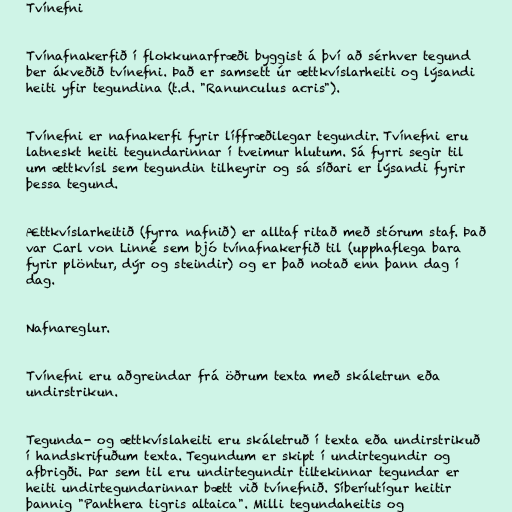
Tvínefni

Tvínafnakerfið í flokkunarfræði byggist á því að sérhver tegund
ber ákveðið tvínefni. Það er samsett úr ættkvíslarheiti og lýsandi
heiti yfir tegundina (t.d. "Ranunculus acris").

Tvínefni er nafnakerfi fyrir líffræðilegar tegundir. Tvínefni eru
latneskt heiti tegundarinnar í tveimur hlutum. Sá fyrri segir til
um ættkvísl sem tegundin tilheyrir og sá síðari er lýsandi fyrir
þessa tegund.

Ættkvíslarheitið (fyrra nafnið) er alltaf ritað með stórum staf. Það
var Carl von Linné sem bjó tvínafnakerfið til (upphaflega bara
fyrir plöntur, dýr og steindir) og er það notað enn þann dag í
dag.

Nafnareglur.

Tvínefni eru aðgreindar frá öðrum texta með skáletrun eða
undirstrikun.

Tegunda- og ættkvíslaheiti eru skáletruð í texta eða undirstrikuð
í handskrifuðum texta. Tegundum er skipt í undirtegundir og
afbrigði. Þar sem til eru undirtegundir tiltekinnar tegundar er
heiti undirtegundarinnar bætt við tvínefnið. Síberíutígur heitir
þannig "Panthera tigris altaica". Milli tegundaheitis og